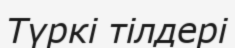
Түркі тілдері